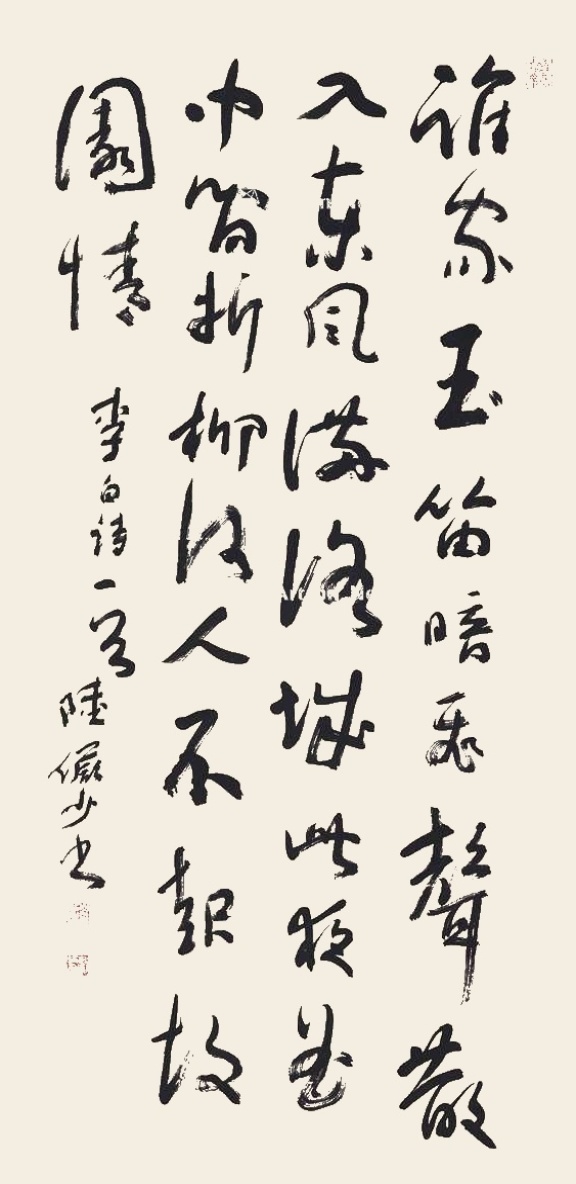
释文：谁家玉笛暗飞声，散入东风满洛城。此夜曲中闻折柳，何人不起故园情。李白诗一首，陆俨少书。